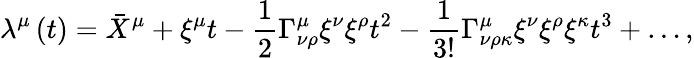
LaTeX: \lambda^{\mu}\left(t\right)=\bar{X}^{\mu}+\xi^{\mu}t-\frac{1}{2}\Gamma_{\nu\rho}^{\mu}\xi^{\nu}\xi^{\rho}t^{2}-\frac{1}{3!}\Gamma_{\nu\rho\kappa}^{\mu}\xi^{\nu}\xi^{\rho}\xi^{\kappa}t^{3}+\ldots,